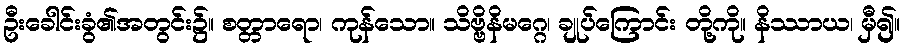
ဦးခေါင်းခွံ၏အတွင်း၌။ စတ္တာရော၊ ကုန်သော။ သိဗ္ဗိနိမဂ္ဂေ၊ ချုပ်ကြောင်း တို့ကို။ နိဿာယ၊ မှီ၍။